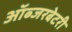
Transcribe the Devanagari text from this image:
ऑब्‍जरबेटरी